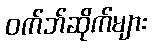
ဝက်ဘ်ဆိုက်များ